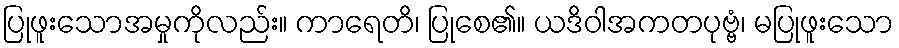
ပြုဖူးသောအမှုကိုလည်း။ ကာရေတိ၊ ပြုစေ၏။ ယဒိဝါအကတပုဗ္ဗံ၊ မပြုဖူးသော